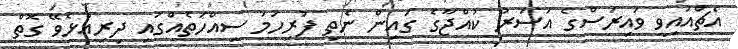
އެޗްއައިވީ ވައިރަސްގެ އަސަރު ކުއްޖާގެ ގައިން ނެތި ފުރިހަމަ ސިއްހަތެއްގައި ދިރިއުޅެވޭ ގޮތް